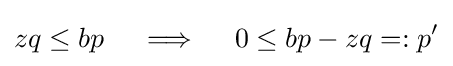
zq\leq bp\quad \implies \quad 0\leq bp-zq=:p'